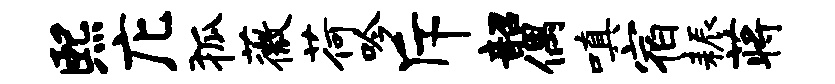
熙庀狐薇荷吟斥韶偶嗔宿耨蒋